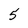
Character: 5